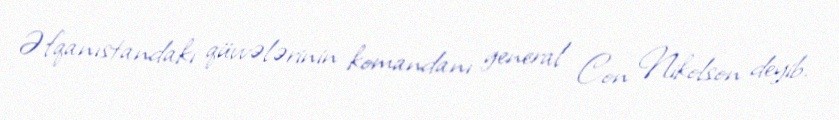
Əfqanıstandakı qüvvələrinin komandanı general Con Nikolson deyib.